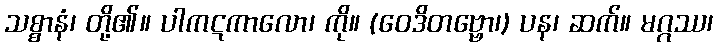
သစ္စာနံ၊ တို့၏။ ပါကဋကာလော၊ ကို။ (ဝေဒိတဗ္ဗော၊) ပန၊ ဆက်။ မဂ္ဂဿ၊